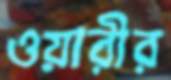
ওয়ারীর